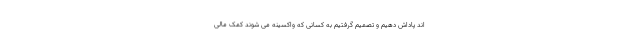
اند پاداش دهیم و تصمیم گرفتیم به کسانی که واکسینه می شوند کمک مالی